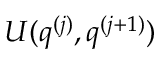
U ( q ^ { ( j ) } , q ^ { ( j + 1 ) } )